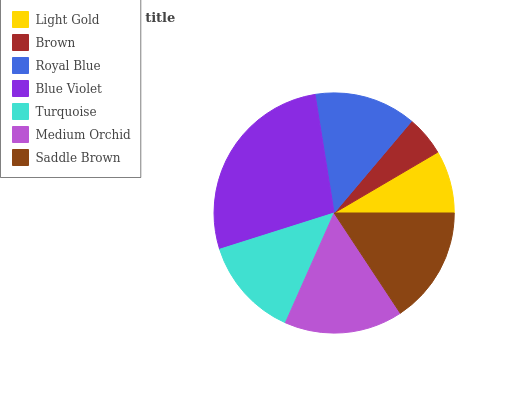
| Light Gold | Brown | Royal Blue | Blue Violet | Turquoise | Medium Orchid | Saddle Brown |
 | --- | --- | --- | --- | --- | --- | --- |
 | 8.45% | 5.4% | 13.7% | 27.4% | 13.5% | 15.9% | 15.7% |